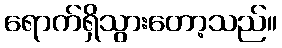
ရောက်ရှိသွားတော့သည်။